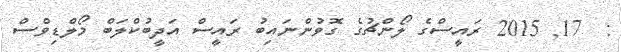
:  17